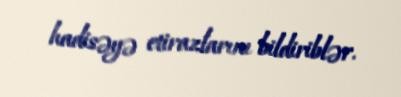
hadisəyə etirazlarını bildiriblər.